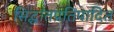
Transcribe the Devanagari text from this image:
सिद्धांतप्रतिपादित